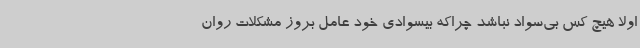
اولا هیچ کس بی‌سواد نباشد چراکه بیسوادی خود عامل بروز مشکلات روان